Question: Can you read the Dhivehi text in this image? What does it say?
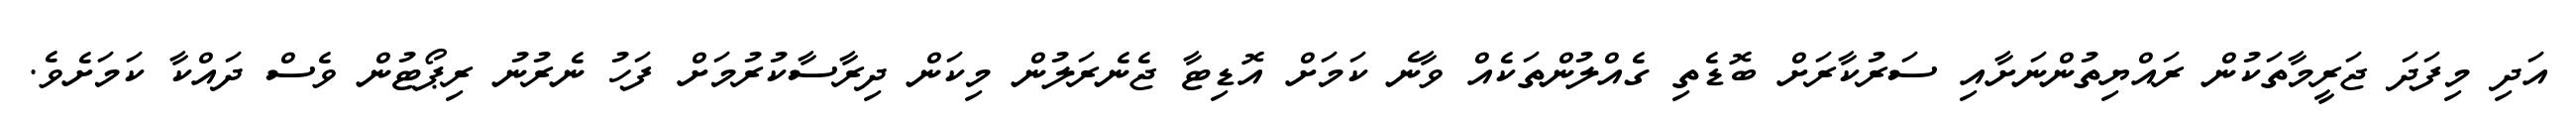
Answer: އަދި މިފަދަ ޖަރީމާތަކުން ރައްޔިތުންނަށާއި ސަރުކާރަށް ބޮޑެތި ގެއްލުންތަކެއް ވާނެ ކަމަށް އޮޑިޓާ ޖެނެރަލުން މިކަން ދިރާސާކުރުމަށް ފަހު ނެރުނު ރިޕޯޓުން ވެސް ދައްކާ ކަމަށެވެ.